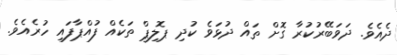
ދެއެވެ. ދަވަބޭރުކުރާ ގޮށް ތައް ދުޅަވެ ކުދި ޕޮލިޕް ތަކެއް ފުއްޕާފައި ހުރެއެވެ.